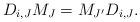
LaTeX: \begin{align*}D_{i,J}M_J = M_{J'}D_{i,J}.\end{align*}